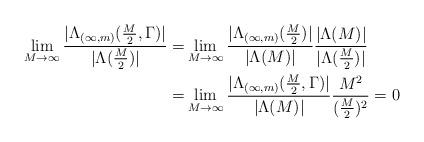
LaTeX: \begin{align*} \lim_{M\to \infty}\frac{|\Lambda_{(\infty,m)}(\frac{M}{2},\Gamma)|}{|\Lambda(\frac{M}{2})|}=&\lim_{M\to \infty}\frac{|\Lambda_{(\infty,m)}(\frac{M}{2})|}{|\Lambda(M)|}\frac{|\Lambda(M)|}{|\Lambda(\frac{M}{2})|}\\ =&\lim_{M\to \infty}\frac{|\Lambda_{(\infty,m)}(\frac{M}{2},\Gamma)|}{|\Lambda(M)|}\frac{M^2}{(\frac{M}{2})^2}=0\end{align*}